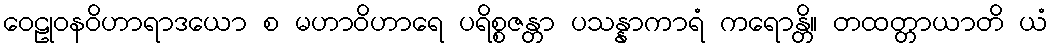
ဝေဠုဝနဝိဟာရာဒယော စ မဟာဝိဟာရေ ပရိစ္စဇန္တာ ပသန္နာကာရံ ကရောန္တိ။ တထတ္တာယာတိ ယံ